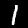
Digit: 1